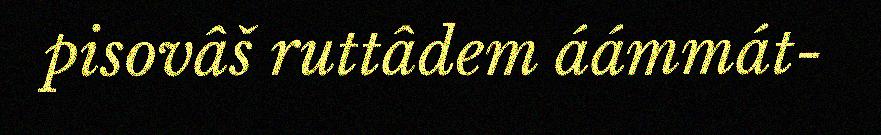
pisovâš ruttâdem áámmát-